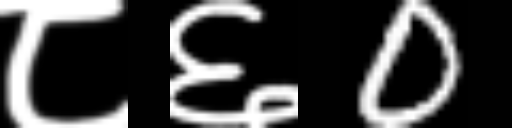
Text: ८६0